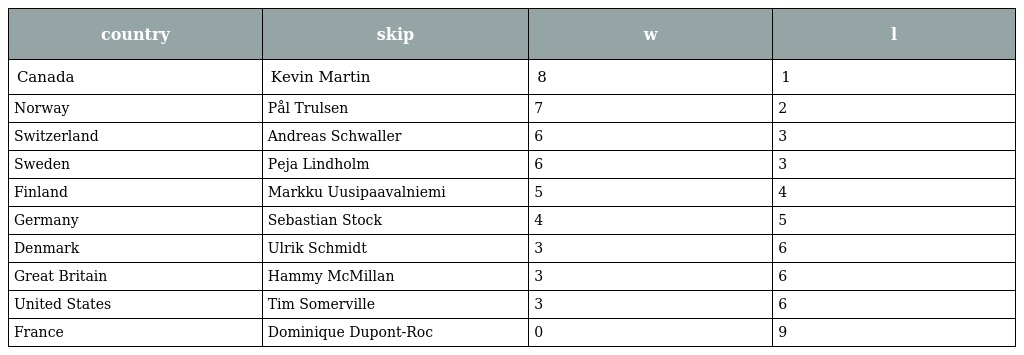
| country | skip | w | l |
 | --- | --- | --- | --- |
 | Canada | Kevin Martin | 8 | 1 |
 | Norway | Pål Trulsen | 7 | 2 |
 | Switzerland | Andreas Schwaller | 6 | 3 |
 | Sweden | Peja Lindholm | 6 | 3 |
 | Finland | Markku Uusipaavalniemi | 5 | 4 |
 | Germany | Sebastian Stock | 4 | 5 |
 | Denmark | Ulrik Schmidt | 3 | 6 |
 | Great Britain | Hammy McMillan | 3 | 6 |
 | United States | Tim Somerville | 3 | 6 |
 | France | Dominique Dupont-Roc | 0 | 9 |